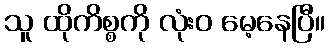
သူ ထိုကိစ္စကို လုံးဝ မေ့နေပြီ။